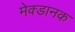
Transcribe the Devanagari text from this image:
मेक्डानक